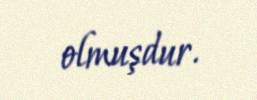
olmuşdur.